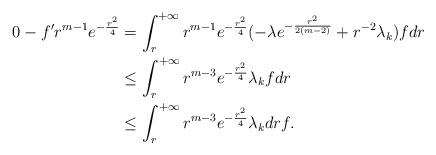
LaTeX: \begin{align*}0-f^{\prime} r^{m-1}e^{-\frac{r^2}{4}}&=\int^{+\infty}_{r} r^{m-1}e^{-\frac{r^2}{4}}(-\lambda e^{-\frac{r^2}{2(m-2)}}+r^{-2}\lambda_k)f dr\\&\le \int^{+\infty}_{r} r^{m-3}e^{-\frac{r^2}{4}}\lambda_kf dr \\&\le \int^{+\infty}_{r} r^{m-3}e^{-\frac{r^2}{4}}\lambda_kdr f.\\\end{align*}